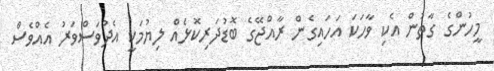
މީހުންގެ ގާތުން އެކި ވާހަކަ އަހައިގެން ރާއްޖޭގެ ބޮޑުދަރިކޮޅެއް ލިޔުމަކީ އެދުވަސްވަރު އެއްވެސް